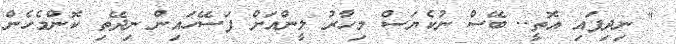
" ނިދިފައި އޮތީ.. ބޭސް ނުކެޔަސް މިހާރު ލީންއަށް ފަސޭހައިން ނިދޭތި ކޮންމެހެން